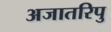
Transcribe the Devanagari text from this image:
अजातरिपु